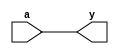
// This program was cloned from: https://github.com/thewonderidiot/cmod_agc
// License: MIT License

`timescale 1ns/1ps
`default_nettype none

module od_buf(y, a);
    parameter delay = 2;
    parameter od_value = 1'b1;
    input wire a;
    output wire y;

    assign y = (od_value == 1'b1) ? a : ~a;
endmodule
`default_nettype wire